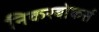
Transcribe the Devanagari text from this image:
निकरबोकर्स